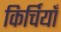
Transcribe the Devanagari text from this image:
किर्चियाँ